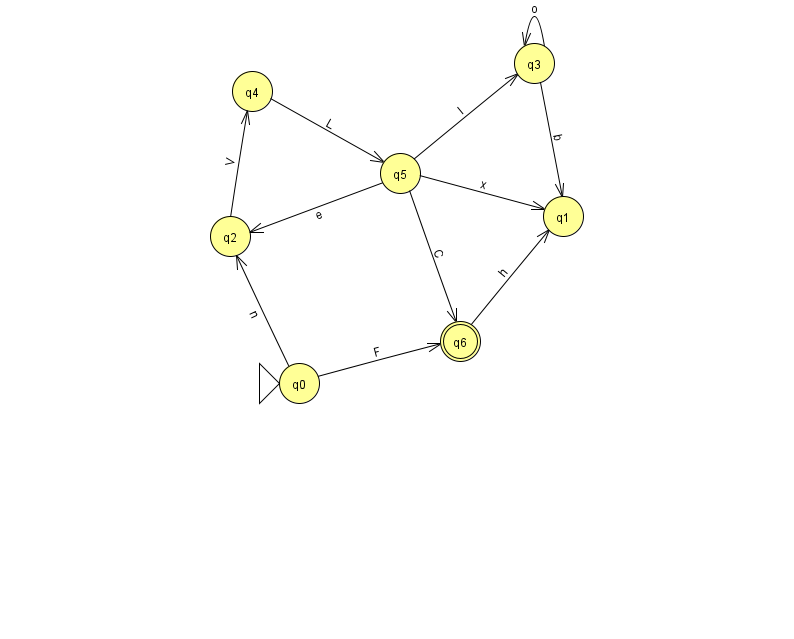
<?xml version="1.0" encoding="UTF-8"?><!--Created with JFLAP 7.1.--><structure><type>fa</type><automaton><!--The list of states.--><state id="0" name="q0"><x>299.0</x><y>370.0</y><initial/></state><state id="1" name="q1"><x>563.0</x><y>203.0</y></state><state id="2" name="q2"><x>230.0</x><y>223.0</y></state><state id="3" name="q3"><x>534.0</x><y>50.0</y></state><state id="4" name="q4"><x>252.0</x><y>78.0</y></state><state id="5" name="q5"><x>400.0</x><y>160.0</y></state><state id="6" name="q6"><x>460.0</x><y>328.0</y><final/></state><!--The list of transitions.--><transition><from>5</from><to>1</to><read>x</read></transition><transition><from>0</from><to>2</to><read>n</read></transition><transition><from>0</from><to>6</to><read>F</read></transition><transition><from>5</from><to>2</to><read>e</read></transition><transition><from>2</from><to>4</to><read>V</read></transition><transition><from>5</from><to>3</to><read>I</read></transition><transition><from>3</from><to>1</to><read>b</read></transition><transition><from>4</from><to>5</to><read>L</read></transition><transition><from>6</from><to>1</to><read>h</read></transition><transition><from>5</from><to>6</to><read>C</read></transition><transition><from>3</from><to>3</to><read>o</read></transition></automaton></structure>